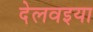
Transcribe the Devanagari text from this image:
देलवइया